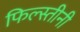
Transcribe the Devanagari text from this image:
फिल्स्तीनी